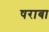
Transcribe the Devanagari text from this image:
षराबा